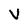
Character: V